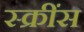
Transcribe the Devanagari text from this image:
स्क्रींस